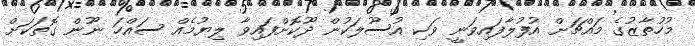
މުހުތާޒުގެ މައްޗަށް އުފުލާފައިވަނީ ވަކި އުސޫލަކުން ދޫކޮށްފައިވާ ލިޔުމެއް ސައްހަ ނޫން ގޮތަކަށް